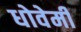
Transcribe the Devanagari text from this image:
धोवेमी